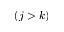
( j > k )